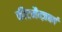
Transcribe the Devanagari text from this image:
कीटमैन्ज़वर्प